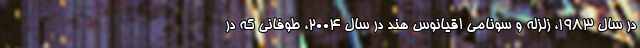
در سال ۱۹۸۳، زلزله و سونامی اقیانوس هند در سال ۲۰۰۴، طوفانی که در